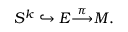
S ^ { k } \hookrightarrow E { \stackrel { \pi } { \longrightarrow } } M .